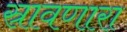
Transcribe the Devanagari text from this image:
स्रावणारा